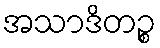
အသာဒိတဉ္စ